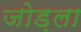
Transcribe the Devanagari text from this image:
जोड़ला